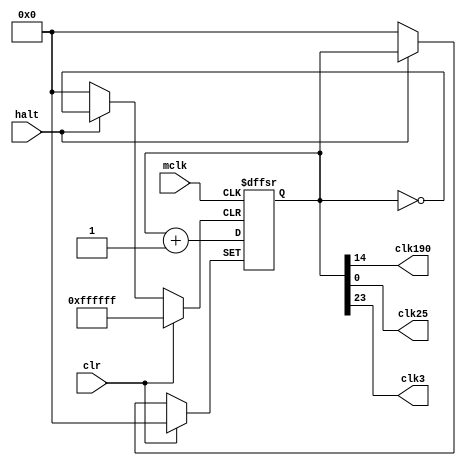
// clock divider

// derived from "Digital Design Using Digilent FPGA Boards" by Richard
// E. Haskell and Darrin M. Hanna.

module clkdiv
  (input wire mclk,    // master clock signal
   input wire clr,     // reset signal
   input wire halt,    // stop the output clocks when high
   output wire clk190, // 190 Hz
   output wire clk25,  // 25 Mhz
   output wire clk3    // 3 Hz
   );
   
   // 24-bit counter
   reg [23:0]  q = 0;

   always @(posedge mclk or posedge clr or posedge halt) begin
      if (halt == 1) q <= q;
      else if (clr == 1) q <= 0;
      else q <= q + 1;
   end

   // The counter is incremented with each clock so each bit can be
   // treated as a square wave clock signal that divides the master
   // clock by 2^(N+1) where N is the bit number in the counter.
   // e.g. q[0], 50 MHz / 2^(N+1) = 50 Mhz / 2^(0+1) = 50 Mhz / 2 = 25
   // Mhz.

   // 190 Hz would be bit 17, but that results in a lot of flicker if
   // I try to record video.  Bit 14 at 1.525 kHz seems to be a
   // reasonable refresh rate that minimizes flicker on camera while
   // not being so fast that wrong segments are lit.
   assign clk190 = q[14];
   assign clk25 = q[0];
   assign clk3 = q[23]; // 23 = 2.98 Hz

endmodule // clkdiv